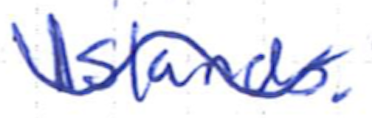
Text: Islands.
Cross-out: wave
Writing tool: ballpoint